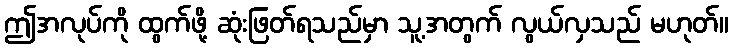
ဤအလုပ်ကို ထွက်ဖို့ ဆုံးဖြတ်ရသည်မှာ သူ့အတွက် လွယ်လှသည် မဟုတ်။